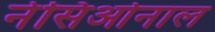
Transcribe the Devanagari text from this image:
नेसिओनाल